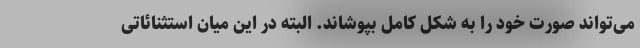
می‌تواند صورت خود را به شکل کامل بپوشاند. البته در این میان استثنائاتی